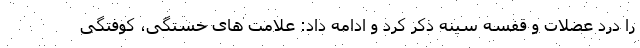
را درد عضلات و قفسه سینه ذکر کرد و ادامه داد: علامت های خستگی، کوفتگی